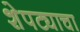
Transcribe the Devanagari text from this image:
शेपट्याचा